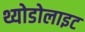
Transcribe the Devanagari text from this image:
थ्योडोलाइट